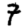
Digit: 7